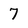
Character: 7